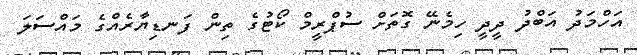
އަހްމަދު އަބްދު ދީދީ ހިމެނޭ ގޮތަށް ސުޕްރީމް ކޯޓުގެ ތިން ފަނޑިޔާރެއްގެ މައްސަލަ